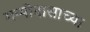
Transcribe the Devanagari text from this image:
गप्पीदासाच्या